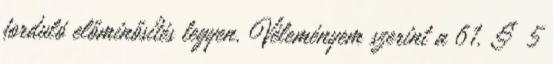
forduló előminősítés legyen. Véleményem szerint a 61. § 5